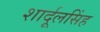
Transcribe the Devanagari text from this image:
शार्दूलसिंह